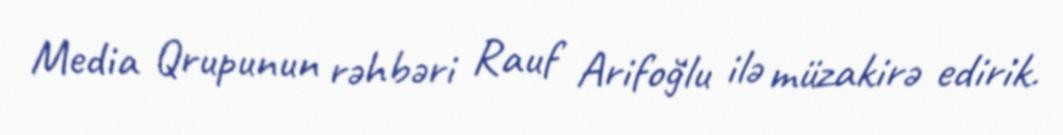
Media Qrupunun rəhbəri Rauf Arifoğlu ilə müzakirə edirik.